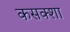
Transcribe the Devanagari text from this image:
कसक्शा